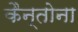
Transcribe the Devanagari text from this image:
कैन्तोना